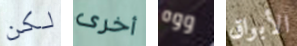
لكن أخرى ووه الأبواق